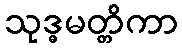
သုဒ္ဓမတ္တိကာ